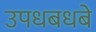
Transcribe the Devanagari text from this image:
उपधबधबे